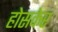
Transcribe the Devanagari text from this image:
होसकेर